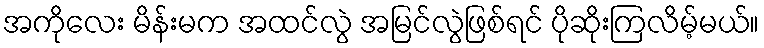
အကိုလေး မိန်းမက အထင်လွဲ အမြင်လွဲဖြစ်ရင် ပိုဆိုးကြလိမ့်မယ်။